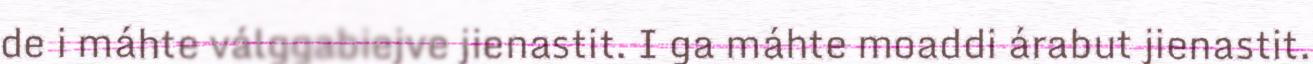
de i máhte válggabiejve jienastit. I ga máhte moaddi árabut jienastit.